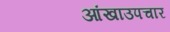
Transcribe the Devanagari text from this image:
आंखाउपचार